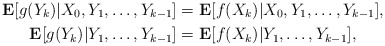
\begin{align*}\mathbf{E}[g(Y_k)|X_0,Y_1,\ldots,Y_{k-1}]&=\mathbf{E}[f(X_k)|X_0,Y_1,\ldots,Y_{k-1}],\\\mathbf{E}[g(Y_k)|Y_1,\ldots,Y_{k-1}]&=\mathbf{E}[f(X_k)|Y_1,\ldots,Y_{k-1}],\end{align*}